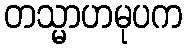
တသ္မာဟမုပက